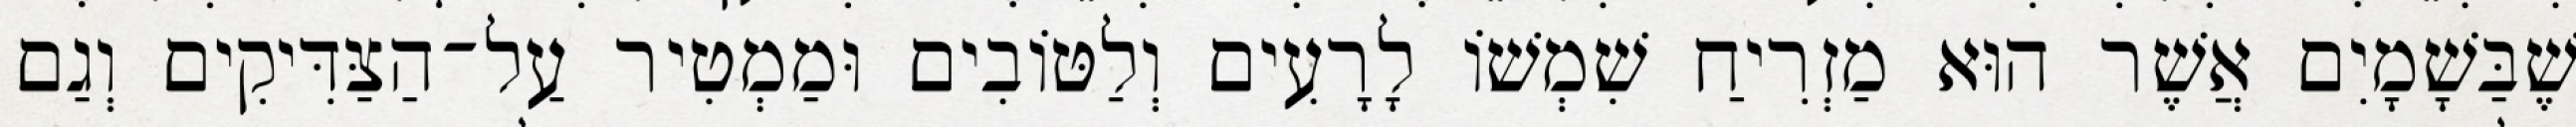
שֶׁבַּשָׁמָיִם אֲשֶׁר הוּא מַזְרִיחַ שִׁמְשׁוֹ לָרָעִים וְלַטּוֹבִים וּמַמְטִיר עַל־הַצַּדִּיקִים וְגַם